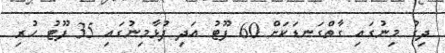
ދިގު މިނުގައި ގާތްގަނޑަކަށް 60 ފޫޓު އަދި ފުޅާމިނުގައި 35 ފޫޓު ހުރި